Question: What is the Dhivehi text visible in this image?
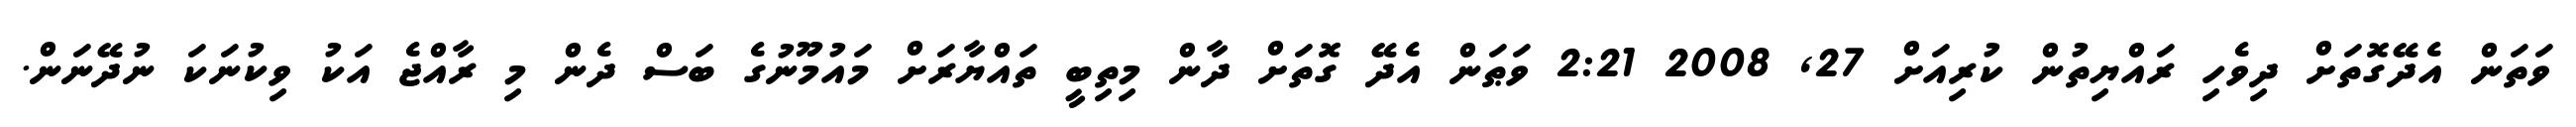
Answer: ވަތަން އެދޭގޮތަށް ދިވެހި ރައްޔިތުން ކުރިއަށް 27, 2008 2:21 ވަޠަން އެދޭ ގޮތަށް ދާން މިތިބީ ތައްޔާރަށް މައުމޫނުގެ ބަސް ދެން މި ރާއްޖެ އަކު ވިކުނަކަ ނުދޭނަން.